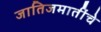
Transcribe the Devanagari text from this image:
जातिजमातींचे